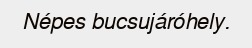
Népes bucsujáróhely.